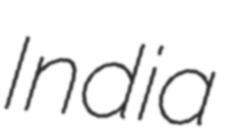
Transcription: India